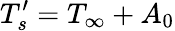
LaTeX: {T_{s}^{\prime}}=T_{\infty}+A_{0}